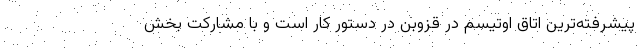
پیشرفته‌ترین اتاق اوتیسم در قزوبن در دستور کار است و با مشارکت بخش